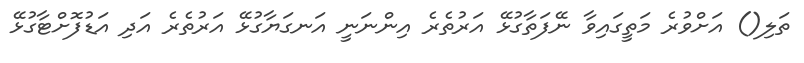
ތަލި() އަށްވުރެ މަތީގައިވާ ނޭފަތާގުޅޭ އަރުތެރެ އިންނަނީ އަނގަޔާގުޅޭ އަރުތެރެ އަދި އަޑުފޮށްޓާގުޅޭ